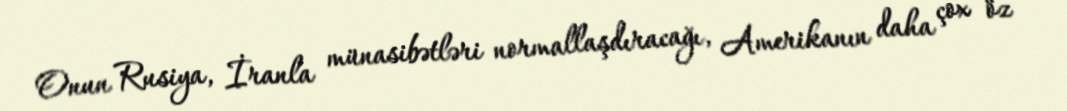
Onun Rusiya, İranla münasibətləri normallaşdıracağı, Amerikanın daha çox öz